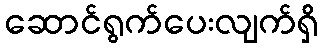
ဆောင်ရွက်ပေးလျက်ရှိ